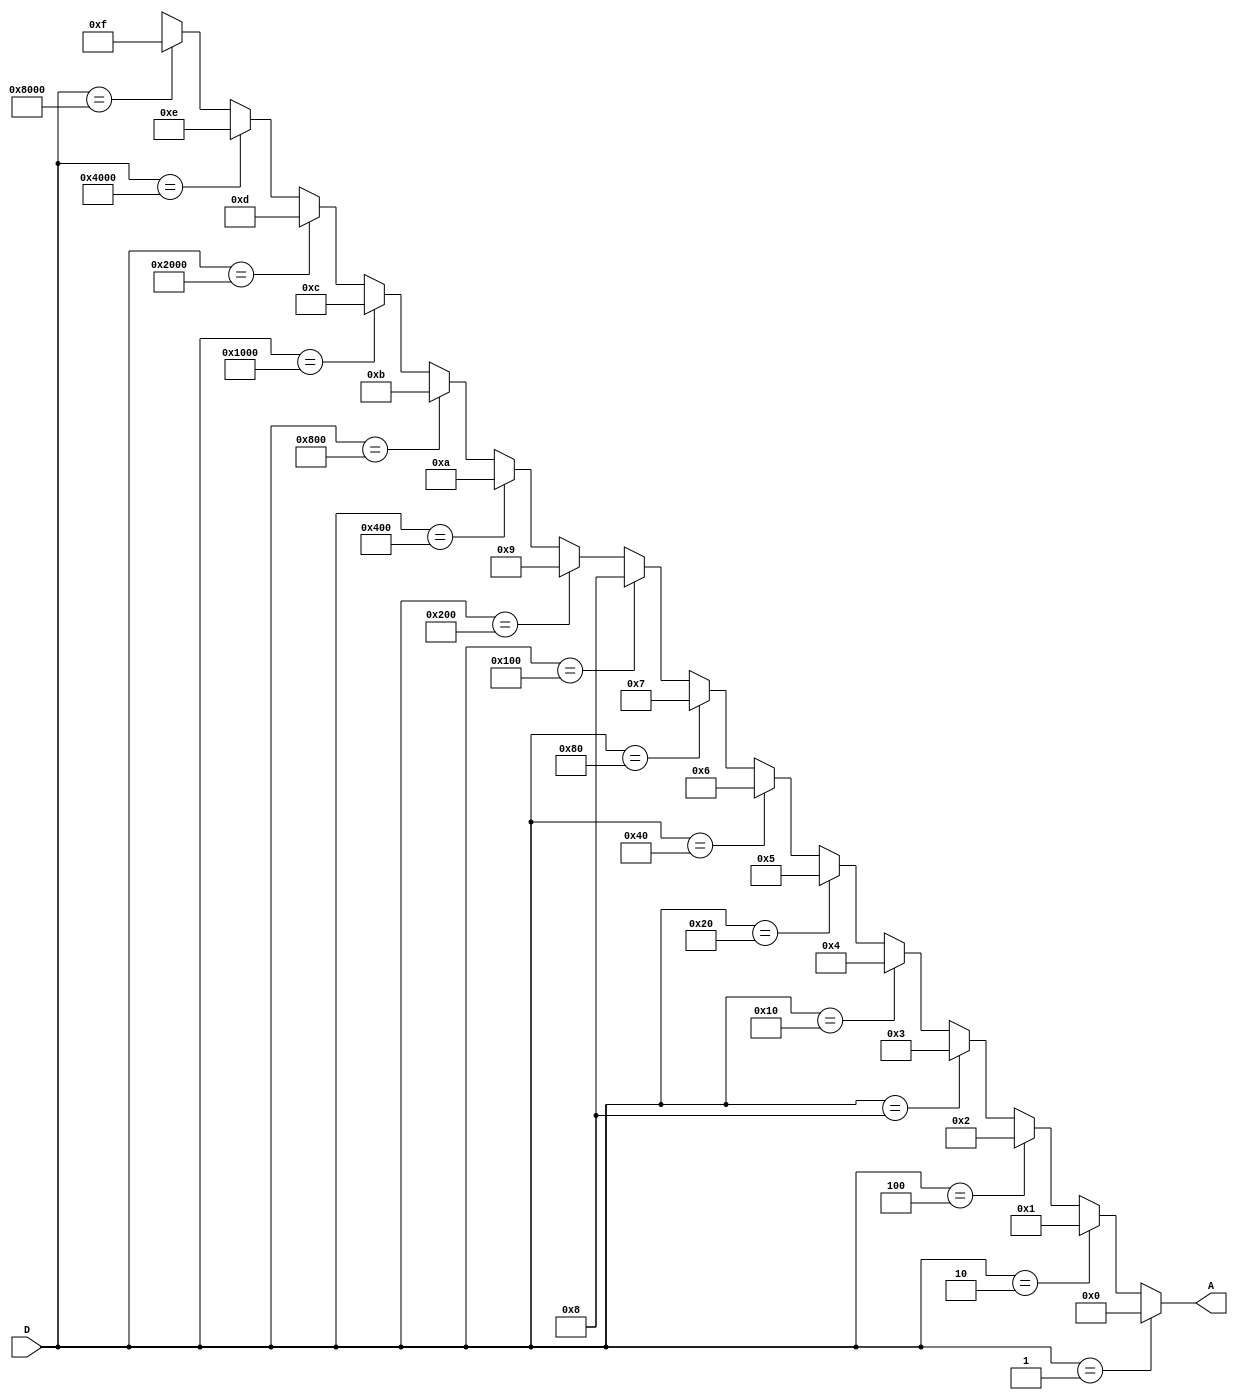
module Encoder_method1(D,A);
	input [15:0] D;
	output reg [3:0] A;
	
	always @(D)
	begin
		if(D == 16'b0000_0000_0000_0001)
			A = 4'b0000;
		else if(D == 16'b0000_0000_0000_0010)
			A = 4'b0001;
		else if(D == 16'b0000_0000_0000_0100)
			A = 4'b0010;
		else if(D == 16'b0000_0000_0000_1000)
			A = 4'b0011;
		else if(D == 16'b0000_0000_0001_0000)
			A = 4'b0100;
		else if(D == 16'b0000_0000_0010_0000)
			A = 4'b0101;
		else if(D == 16'b0000_0000_0100_0000)
			A = 4'b0110;
		else if(D == 16'b0000_0000_1000_0000)
			A = 4'b0111;
		else if(D == 16'b0000_0001_0000_0000)
			A = 4'b1000;
		else if(D == 16'b0000_0010_0000_0000)
			A = 4'b1001;
		else if(D == 16'b0000_0100_0000_0000)
			A = 4'b1010;
		else if(D == 16'b0000_1000_0000_0000)
			A = 4'b1011;
		else if(D == 16'b0001_0000_0000_0000)
			A = 4'b1100;
		else if(D == 16'b0010_0000_0000_0000)
			A = 4'b1101;
		else if(D == 16'b0100_0000_0000_0000)
			A = 4'b1110;
		else if(D == 16'b1000_0000_0000_0000)
			A = 4'b1111;
		else //default
			A = 4'bxxxx;		
	
	end 
	
endmodule

///////////////////////////////////////////////////////
module Encoder_method2(f,A);
	input [15:0] f;
	output reg [3:0] A;
	
	always @(f)
	begin
		case(f)
		16'b0000_0000_0000_0001: 	
			A = 4'b0000;
		16'b0000_0000_0000_0010: 
			A = 4'b0001;
		16'b0000_0000_0000_0100:
			A = 4'b0010;
		16'b0000_0000_0000_1000:
			A = 4'b0011;
		16'b0000_0000_0001_0000:
			A = 4'b0100;
		16'b0000_0000_0010_0000:
			A = 4'b0101;
		16'b0000_0000_0100_0000:
			A = 4'b0110;
		16'b0000_0000_1000_0000:
			A = 4'b0111;
		16'b0000_0001_0000_0000:
			A = 4'b1000;
		16'b0000_0010_0000_0000:
			A = 4'b1001;
		16'b0000_0100_0000_0000:
			A = 4'b1010;
		16'b0000_1000_0000_0000:
			A = 4'b1011;
		16'b0001_0000_0000_0000:
			A = 4'b1100;
		16'b0010_0000_0000_0000:
			A = 4'b1101;
		16'b0100_0000_0000_0000:
			A = 4'b1110;
		16'b1000_0000_0000_0000:
			A = 4'b1111;
		default:
			A = 4'bxxxx;
	
		endcase

	end 
	
endmodule